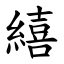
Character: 繥